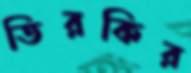
তিরকির